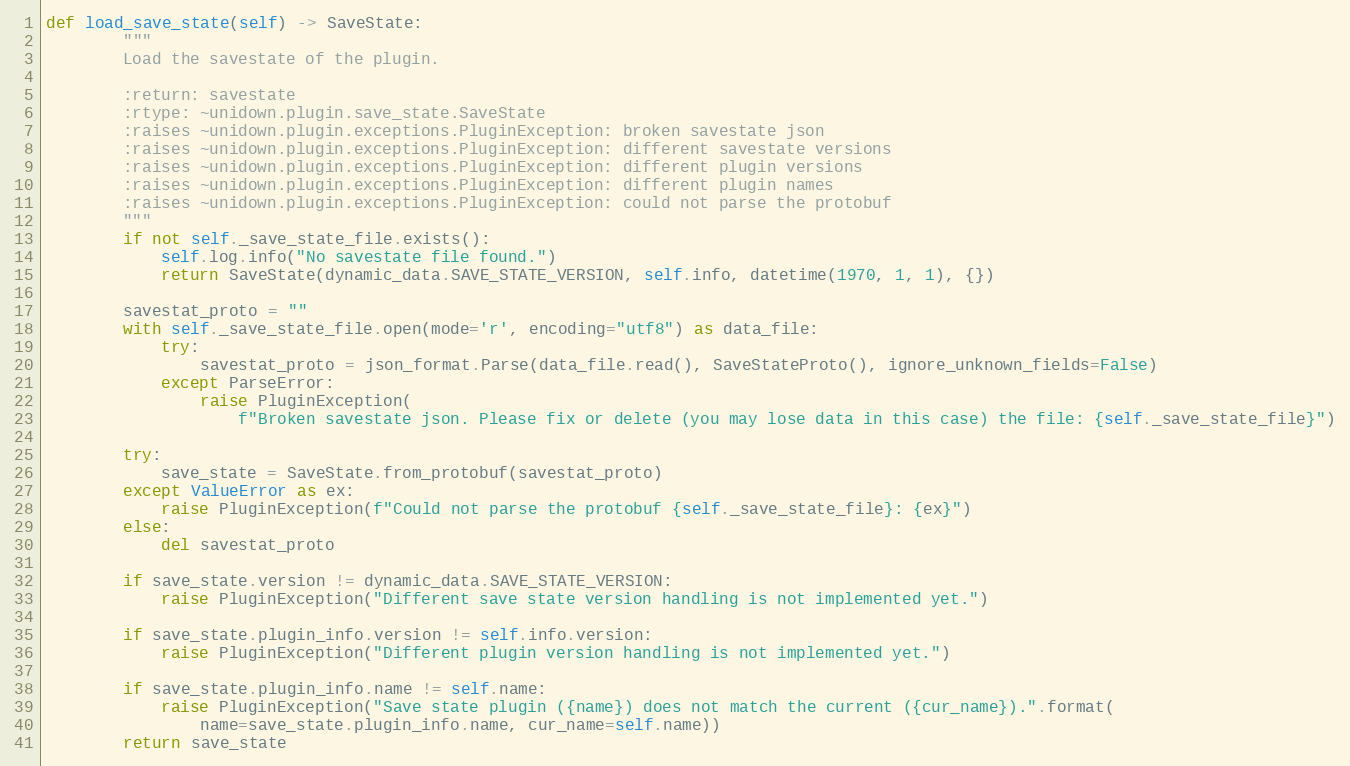
Language: Python
def load_save_state(self) -> SaveState:
        """
        Load the savestate of the plugin.

        :return: savestate
        :rtype: ~unidown.plugin.save_state.SaveState
        :raises ~unidown.plugin.exceptions.PluginException: broken savestate json
        :raises ~unidown.plugin.exceptions.PluginException: different savestate versions
        :raises ~unidown.plugin.exceptions.PluginException: different plugin versions
        :raises ~unidown.plugin.exceptions.PluginException: different plugin names
        :raises ~unidown.plugin.exceptions.PluginException: could not parse the protobuf
        """
        if not self._save_state_file.exists():
            self.log.info("No savestate file found.")
            return SaveState(dynamic_data.SAVE_STATE_VERSION, self.info, datetime(1970, 1, 1), {})

        savestat_proto = ""
        with self._save_state_file.open(mode='r', encoding="utf8") as data_file:
            try:
                savestat_proto = json_format.Parse(data_file.read(), SaveStateProto(), ignore_unknown_fields=False)
            except ParseError:
                raise PluginException(
                    f"Broken savestate json. Please fix or delete (you may lose data in this case) the file: {self._save_state_file}")

        try:
            save_state = SaveState.from_protobuf(savestat_proto)
        except ValueError as ex:
            raise PluginException(f"Could not parse the protobuf {self._save_state_file}: {ex}")
        else:
            del savestat_proto

        if save_state.version != dynamic_data.SAVE_STATE_VERSION:
            raise PluginException("Different save state version handling is not implemented yet.")

        if save_state.plugin_info.version != self.info.version:
            raise PluginException("Different plugin version handling is not implemented yet.")

        if save_state.plugin_info.name != self.name:
            raise PluginException("Save state plugin ({name}) does not match the current ({cur_name}).".format(
                name=save_state.plugin_info.name, cur_name=self.name))
        return save_state